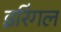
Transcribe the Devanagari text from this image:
इरिंगल